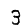
Digit: 3